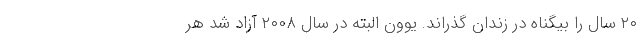
۲۰ سال را بیگناه در زندان گذراند. یوون البته در سال ۲۰۰۸ آزاد شد هر